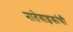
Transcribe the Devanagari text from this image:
नातेवाइकांची